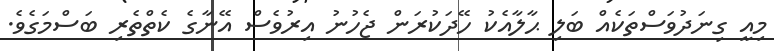
މިއީ ގިނަދުވަސްތަކެއް ބަލި ޙާލާއެކު ހޭދަކުރަން ޖެހުނު އިރުވެސް އޭނާގެ ކެތްތެރި ބަސްމަގެވެ.